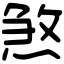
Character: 煞